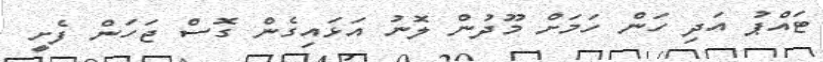
ޓައްޕު އަދި ހަން ހަމަށް މޫދުން ލޮނު އަޅައިގެން ގޮސް ޖަހަން ފެށީ